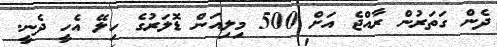
ދެން ގަތަރުން ރާއްޖެ އަށް 500 މިލިއަން ޑޮލަރުގެ ހިލޭ އެހީ ދެނީ.